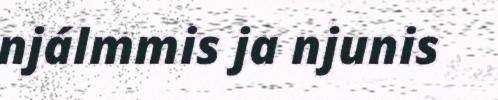
njálmmis ja njunis